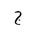
Letter: _gim